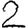
Digit: 2